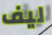
ليف